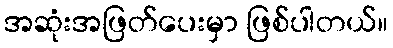
အဆုံးအဖြတ်ပေးမှာ ဖြစ်ပါတယ်။